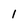
Character: 1